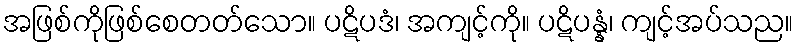
အဖြစ်ကိုဖြစ်စေတတ်သော။ ပဋိပဒံ၊ အကျင့်ကို။ ပဋိပန္နံ၊ ကျင့်အပ်သည။